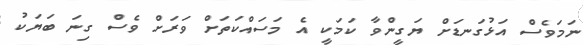
ނަމަވެސް އަޅުގަނޑަށް ޔަގީންވާ ކަމަކީ އެ މަސައްކަތަށް ވަރަށް ވެސް ގިނަ ބަޔަކު